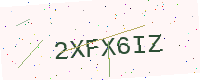
Text: 2XFX6IZ